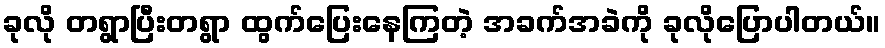
ခုလို တရွာပြီးတရွာ ထွက်ပြေးနေကြတဲ့ အခက်အခဲကို ခုလိုပြောပါတယ်။